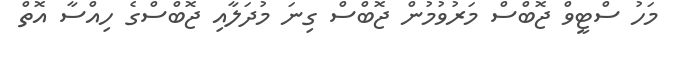
މަހު ސްޓީވް ޖޮބްސް މަރުވުމުން ޖޮބްސް ގިނަ މުދަލާއި ޖޮބްސްގެ ހިއްސާ އޮތް